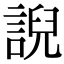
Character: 誽